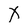
Character: X